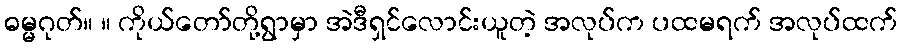
ဓမ္မဂုတ်။ ။ ကိုယ်တော်တို့ရွာမှာ အဲဒီရှင်လောင်းယူတဲ့ အလုပ်က ပထမရက် အလုပ်ထက်